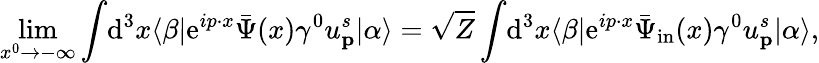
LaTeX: \operatorname*{lim}_{x^{0}\rightarrow-\infty}\int\! \mathrm{d}^{3}x\langle\beta|\mathrm{e}^{ip\cdot x}{\bar{\Psi}}(x)\gamma^{0}u_{\textbf{p}}^{s}|\alpha\rangle={\sqrt{Z}}\int\! \mathrm{d}^{3}x\langle\beta|\mathrm{e}^{ip\cdot x}{\bar{\Psi}}_{\mathrm{in}}(x)\gamma^{0}u_{\textbf{p}}^{s}|\alpha\rangle,